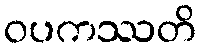
ဝပကဿတိ